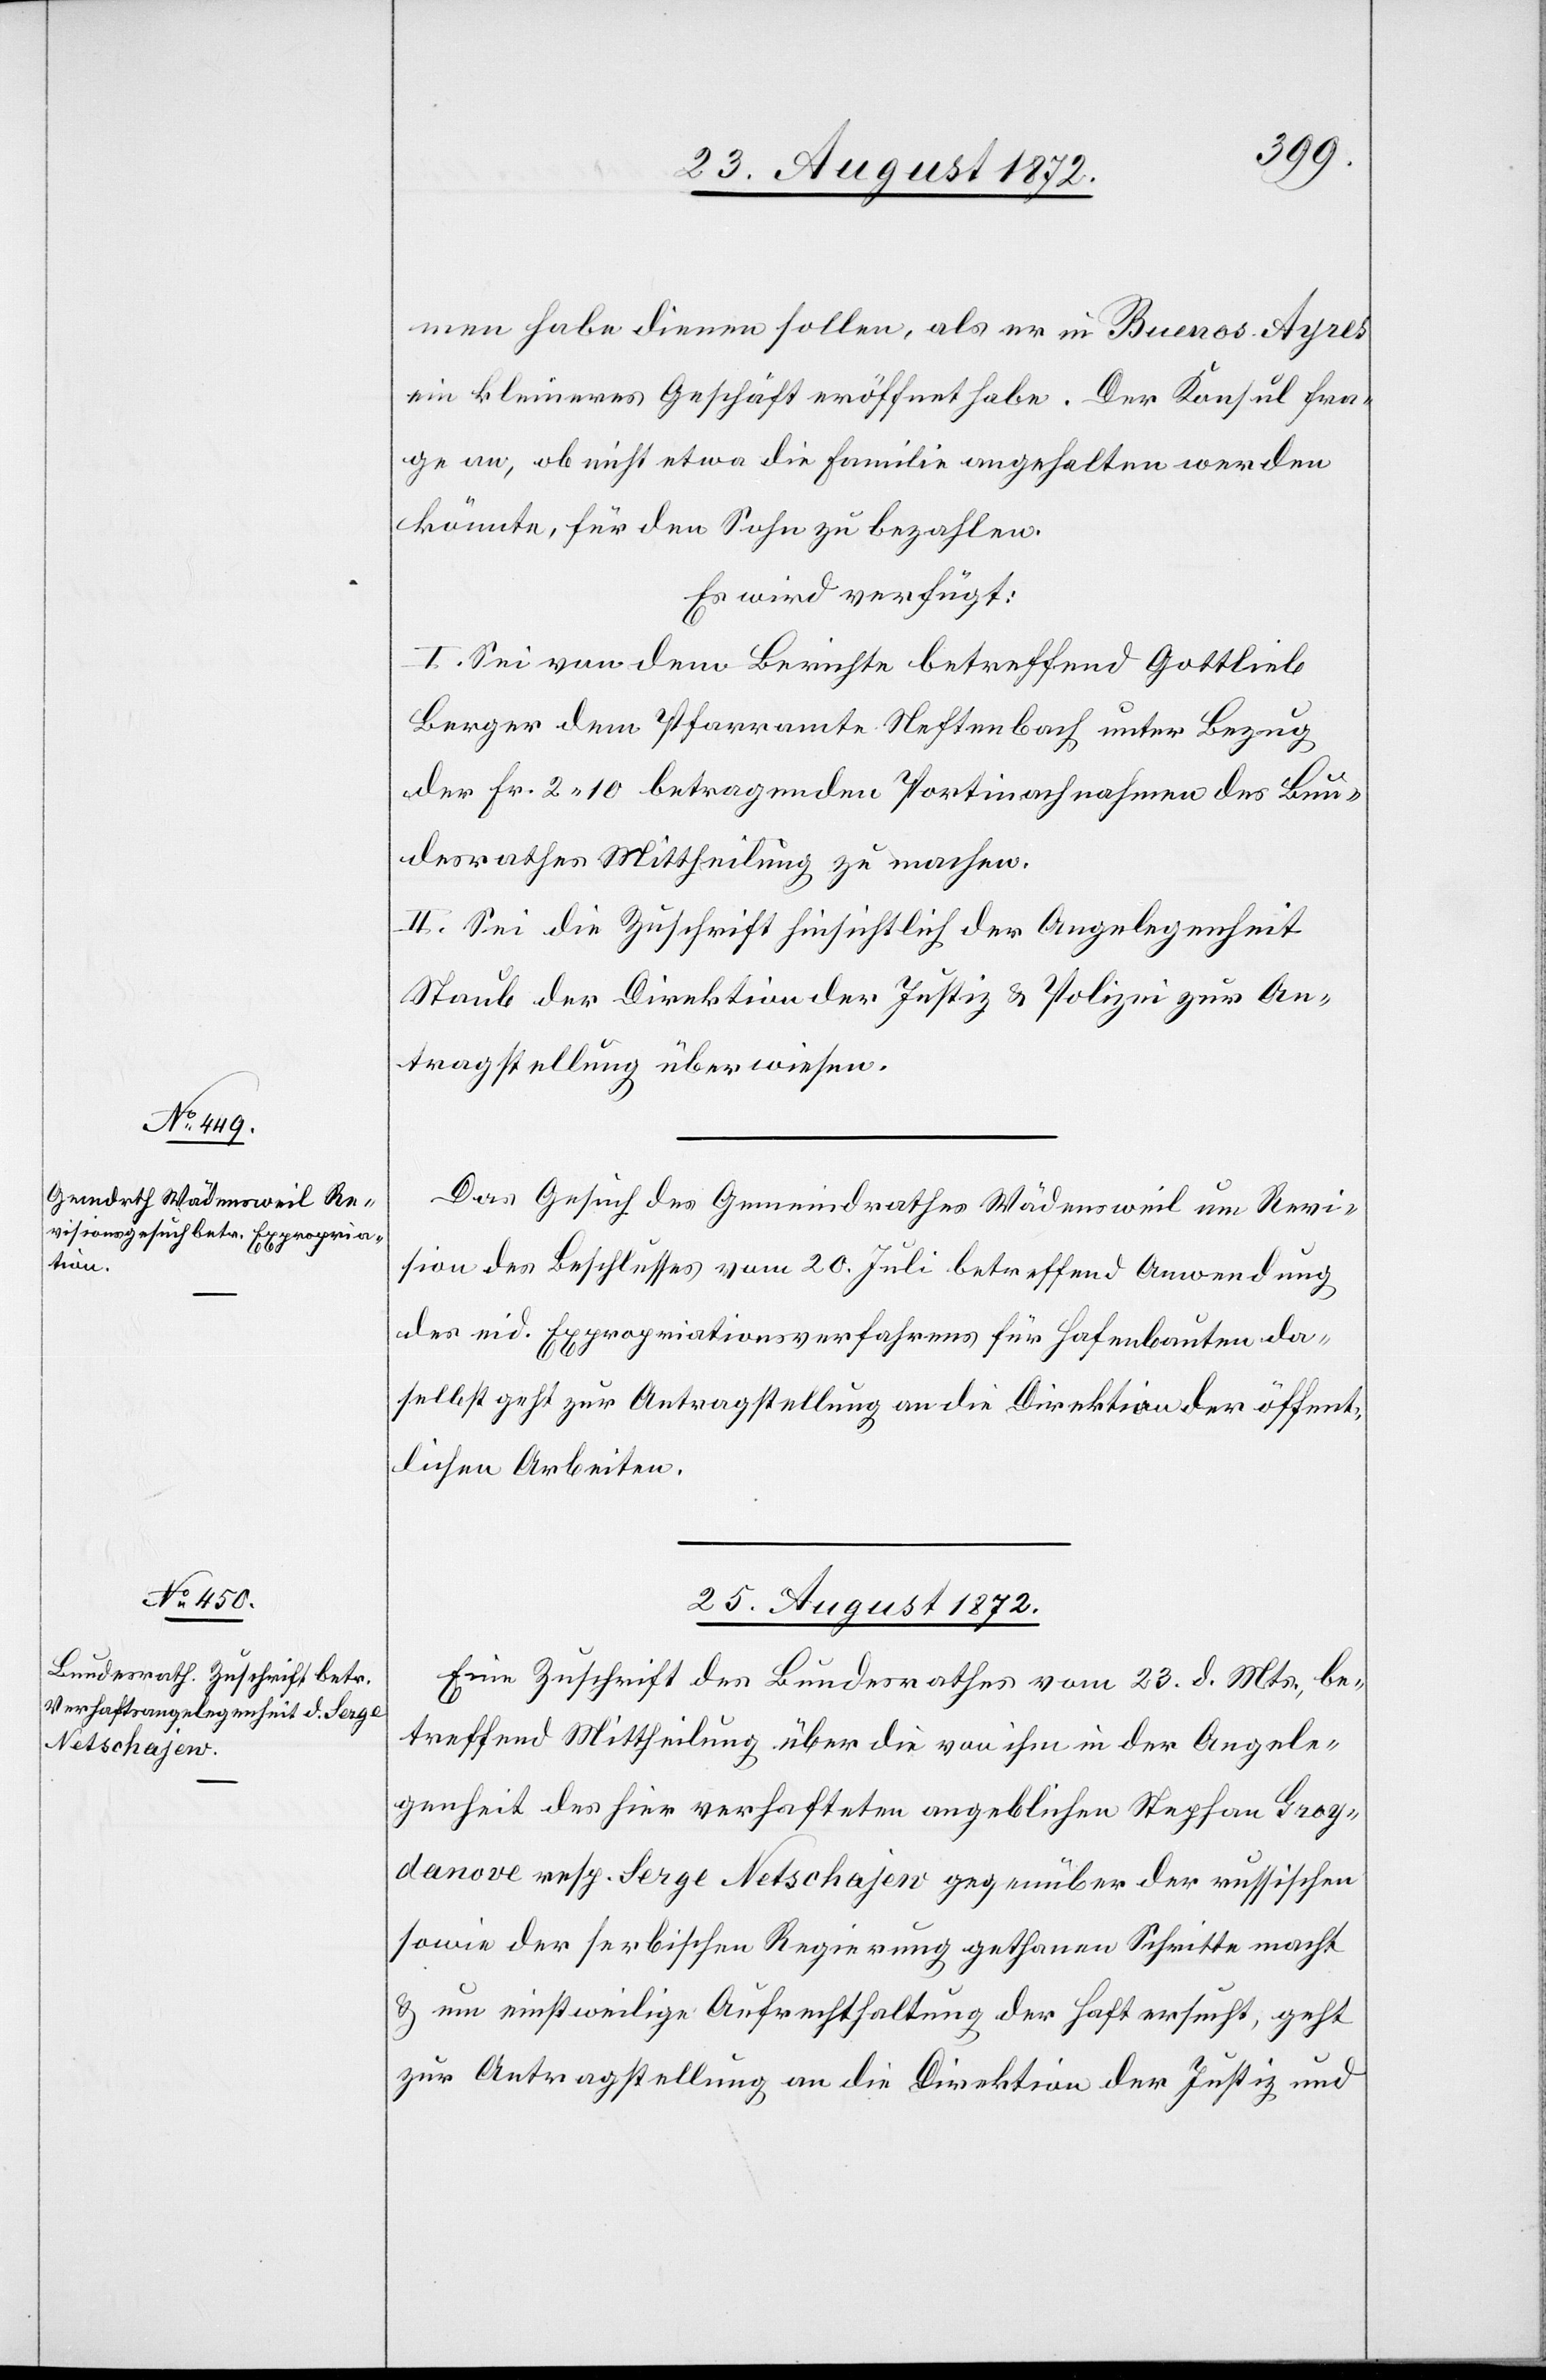
men habe dienen sollen, als er in Buenos-Ayres
ein kleineres Geschäft eröffnet habe. Der Konsul fra¬
ge an, ob nicht etwa die Familie angehalten werden
könnte, für den Sohn zu bezahlen.
Es wird verfügt:
I. Sei von dem Berichte betreffend Gottlieb
Berger dem Pfarramte Neftenbach unter Bezug
der Fr. 2 10 betragenden Portinachnahmen des Bun¬
desrathes Mittheilung zu machen.
II. Sei die Zuschrift hinsichtlich der Angelegenheiten
Staub der Direktion der Justiz u. Polizei zur An¬
tragstellung überwiesen.
Das Gesuch des Gemeindrathes Wädensweil um Revi¬
sion des Beschlusses vom 20. Juli betreffend Anwendung
des eid. Expropriationsverfahrens für Hafenbauten da¬
selbst geht zur Antragstellung an die Direktion der öffent¬
lichen Arbeiten.
25. August 1872.
Eine Zuschrift des Bundesrathes vom 23. d. Mts., be¬
treffend Mittheilung über die von ihm in der Angele¬
genheit des hier verhafteten angeblichen Stephan Groy¬
danove resp. Serge Netschajew gegenüber der russischen
sowie der serbischen Regierung gethanen Schritte macht
u. um einstweilige Aufrechthaltung der Haft ersucht, geht
zur Antragstellung an die Direktion der Justiz und